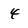
Character: 4